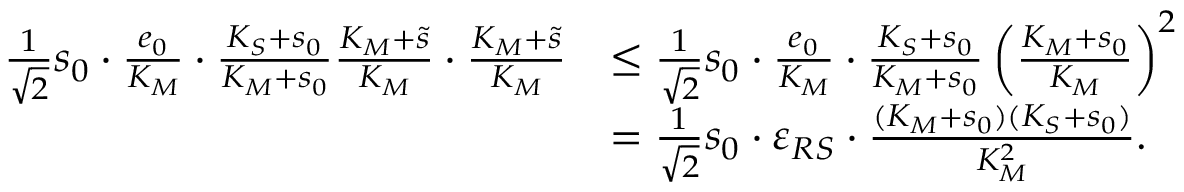
\begin{array} { r l } { \frac { 1 } { \sqrt 2 } s _ { 0 } \cdot \frac { e _ { 0 } } { K _ { M } } \cdot \frac { K _ { S } + s _ { 0 } } { K _ { M } + s _ { 0 } } \frac { K _ { M } + \widetilde s } { K _ { M } } \cdot \frac { K _ { M } + \widetilde s } { K _ { M } } } & { \leq \frac { 1 } { \sqrt 2 } s _ { 0 } \cdot \frac { e _ { 0 } } { K _ { M } } \cdot \frac { K _ { S } + s _ { 0 } } { K _ { M } + s _ { 0 } } \left( \frac { K _ { M } + s _ { 0 } } { K _ { M } } \right) ^ { 2 } } \\ & { = \frac { 1 } { \sqrt 2 } s _ { 0 } \cdot \varepsilon _ { R S } \cdot \frac { ( K _ { M } + s _ { 0 } ) ( K _ { S } + s _ { 0 } ) } { K _ { M } ^ { 2 } } . } \end{array}